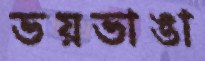
ভয়ভাঙা